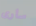
سارى